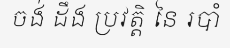
ចង់ ដឹង ប្រវត្តិ នៃ របាំ